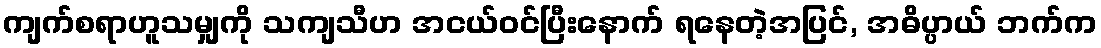
ကျက်စရာဟူသမျှကို သကျသီဟ အငယ်ဝင်ပြီးနောက် ရနေတဲ့အပြင်, အဓိပ္ပာယ် ဘက်က